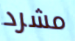
مشرد